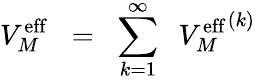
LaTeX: V_{M}^{\mathrm{eff}}\; \; =\; \; \sum_{k=1}^{\infty}\; \; {V_{M}^{\mathrm{eff}}}^{(k)}